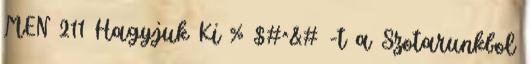
MEN 211 Hagyjuk Ki % $#^&# -t a Szotarunkbol